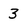
Character: 3